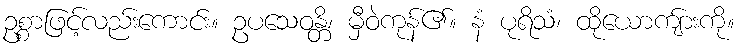
ဥစ္စာဖြင့်လည်းကောင်း။ ဥပသေဝန္တိ၊ မှီဝဲကုန်၏။ နံ ပုရိသံ၊ ထိုယောကျ်ားကို။